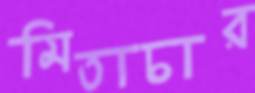
মিতাচার